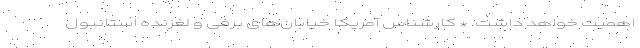
اهمیت خواهد داشت. * کارشناس آمریکا خیابان‌های برفی و لغزنده استانبول